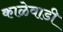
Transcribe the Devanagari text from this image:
काळेवाडी